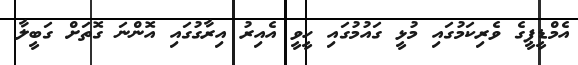
އެމްޑީޕީގެ ވެރިކަމުގައި މުޅީ ގައުމުގައި ހީވީ އެއިރު އިރާގުގައި އޮންނަ ގޮތަށް ގަބީލާ